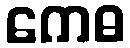
ကေဓ